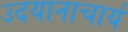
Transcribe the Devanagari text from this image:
उदयानाचार्य